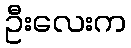
ဦးလေးက